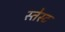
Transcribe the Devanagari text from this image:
स्तेस्ट